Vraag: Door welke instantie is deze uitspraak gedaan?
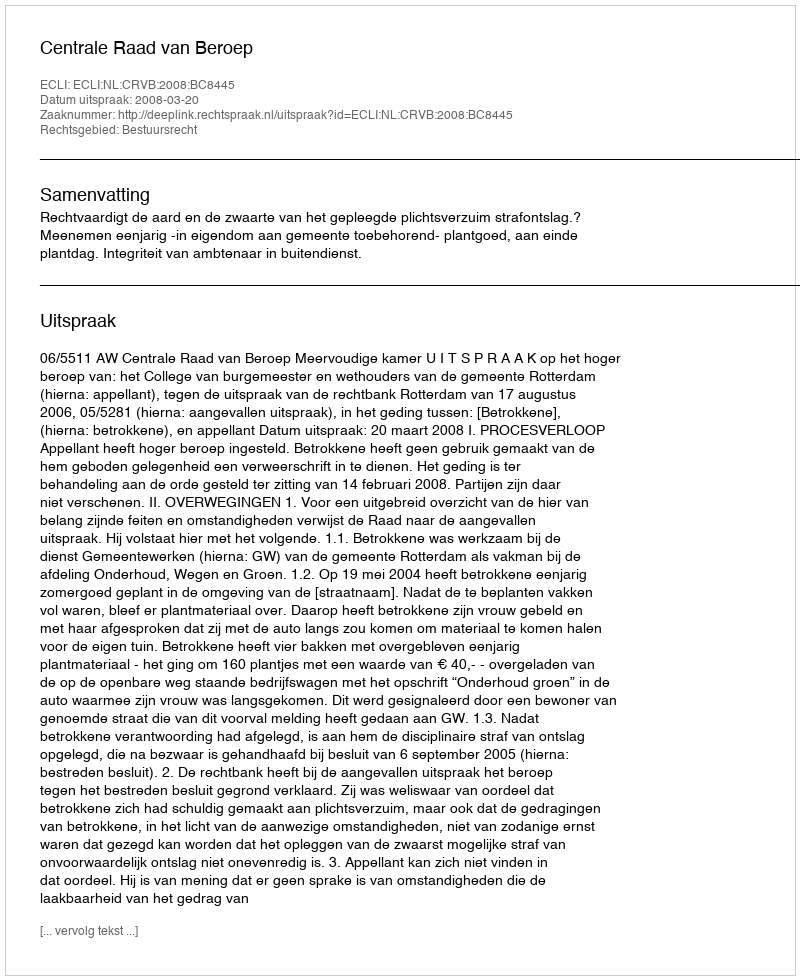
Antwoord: Centrale Raad van Beroep